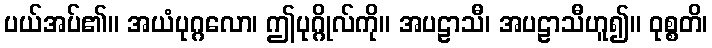
ပယ်အပ်၏။ အယံပုဂ္ဂလော၊ ဤပုဂ္ဂိုလ်ကို။ အပဠာသီ၊ အပဠာသီဟူ၍။ ဝုစ္စတိ၊